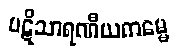
ပဋိသာရဏီယကမ္မေ